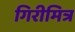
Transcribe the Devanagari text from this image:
गिरीमित्र